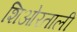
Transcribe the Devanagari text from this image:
शिओरताली